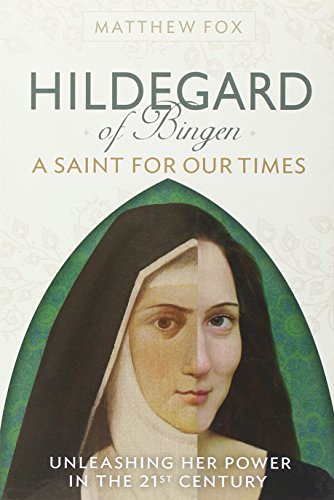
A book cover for HILDEGARD OF BINGEN: A Saint for Our Times: Unleashing Her Power in the 21st Century; Matthew Fox; Christian Books & Bibles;